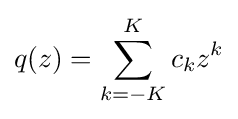
q(z)=\sum _{k=-K}^{K}c_{k}z^{k}